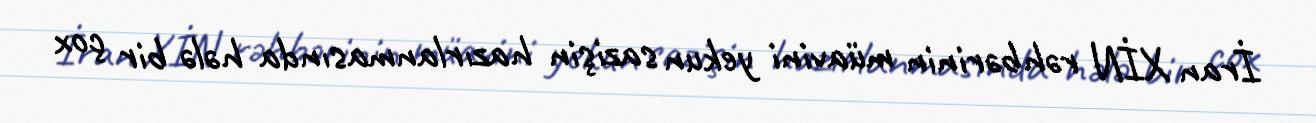
İran XİN rəhbərinin müavini yekun sazişin hazırlanmasında hələ bir çox